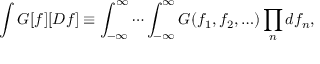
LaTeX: \int G [ f ] [ D f ] \equiv \int _ { - \infty } ^ { \infty } \cdots \int _ { - \infty } ^ { \infty } G ( f _ { 1 } , f _ { 2 } , \ldots ) \prod _ { n } d f _ { n } ,